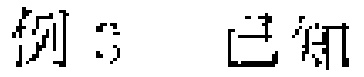
例3 已知